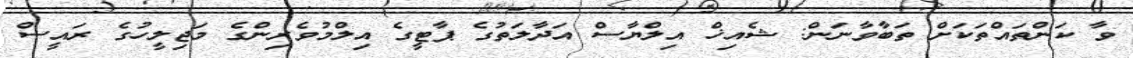
ވާ ކަންތައްތަކަށް ތަބާވާނަން: ޝެއިޚް އިލްޔާސް އަދާލަތުގެ ޕާޓީގެ އިލްމުވެރިންގެ މަޖިލީހުގެ ރައީސް